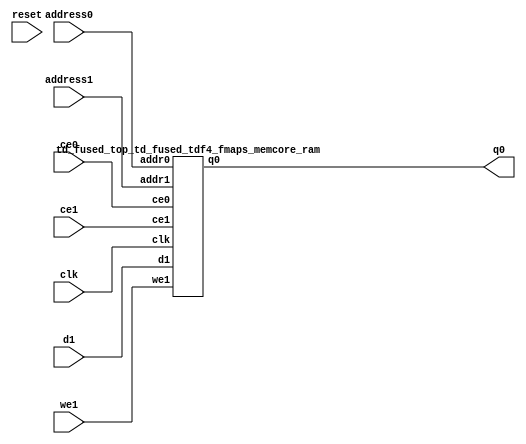
`define EXPONENT 5
`define MANTISSA 10
`define ACTUAL_MANTISSA 11
`define EXPONENT_LSB 10
`define EXPONENT_MSB 14
`define MANTISSA_LSB 0
`define MANTISSA_MSB 9
`define MANTISSA_MUL_SPLIT_LSB 3
`define MANTISSA_MUL_SPLIT_MSB 9
`define SIGN 1
`define SIGN_LOC 15
`define DWIDTH (`SIGN+`EXPONENT+`MANTISSA)
`define IEEE_COMPLIANCE 1

module td_fused_top_td_fused_tdf4_fmaps_memcore(
    reset,
    clk,
    address0,
    ce0,
    q0,
    address1,
    ce1,
    we1,
    d1);

parameter DataWidth = 32'd64;
parameter AddressRange = 32'd12544;
parameter AddressWidth = 32'd14;
input reset;
input clk;
input[AddressWidth - 1:0] address0;
input ce0;
output[DataWidth - 1:0] q0;
input[AddressWidth - 1:0] address1;
input ce1;
input we1;
input[DataWidth - 1:0] d1;



td_fused_top_td_fused_tdf4_fmaps_memcore_ram td_fused_top_td_fused_tdf4_fmaps_memcore_ram_U(
    .clk( clk ),
    .addr0( address0 ),
    .ce0( ce0 ),
    .q0( q0 ),
    .addr1( address1 ),
    .ce1( ce1 ),
    .we1( we1 ),
    .d1( d1 )
);

endmodule
module td_fused_top_td_fused_tdf4_fmaps_memcore_ram (addr0, ce0, q0, addr1, ce1, d1, we1,  clk);

parameter DWIDTH = 64;
parameter AWIDTH = 14;
parameter MEM_SIZE = 12544;

input[AWIDTH-1:0] addr0;
input ce0;
output wire[DWIDTH-1:0] q0;
input[AWIDTH-1:0] addr1;
input ce1;
input[DWIDTH-1:0] d1;
input we1;
input clk;

 reg [DWIDTH-1:0] ram[MEM_SIZE-1:0];
wire [AWIDTH-1:0] addr0_t0; 
reg [AWIDTH-1:0] addr0_t1; 
reg [DWIDTH-1:0] q0_t0;
  reg [DWIDTH-1:0] q0_t1;
wire [AWIDTH-1:0] addr1_t0; 
reg [AWIDTH-1:0] addr1_t1; 
wire [DWIDTH-1:0] d1_t0; 
wire we1_t0; 
reg [DWIDTH-1:0] d1_t1; 
reg we1_t1; 


assign addr0_t0 = addr0;
assign q0 = q0_t1;
assign addr1_t0 = addr1;
assign d1_t0 = d1;
assign we1_t0 = we1;

always @(posedge clk)  
begin
    if (ce0) 
    begin
        addr0_t1 <= addr0_t0; 
        q0_t1 <= q0_t0;
    end
    if (ce1) 
    begin
        addr1_t1 <= addr1_t0; 
        d1_t1 <= d1_t0;
        we1_t1 <= we1_t0;
    end
end


always @(posedge clk)  
begin 
    if (ce0) begin
        q0_t0 <= ram[addr0_t1];
    end
end


always @(posedge clk)  
begin 
    if (ce1) begin
        if (we1_t1) 
            ram[addr1_t1] <= d1_t1; 
    end
end


endmodule